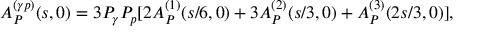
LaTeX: A _ { \cal P } ^ { ( \gamma p ) } ( s , 0 ) = 3 P _ { \gamma } P _ { p } [ 2 A _ { \cal P } ^ { ( 1 ) } ( s / 6 , 0 ) + 3 A _ { \cal P } ^ { ( 2 ) } ( s / 3 , 0 ) + A _ { \cal P } ^ { ( 3 ) } ( 2 s / 3 , 0 ) ] ,